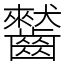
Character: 𪙤